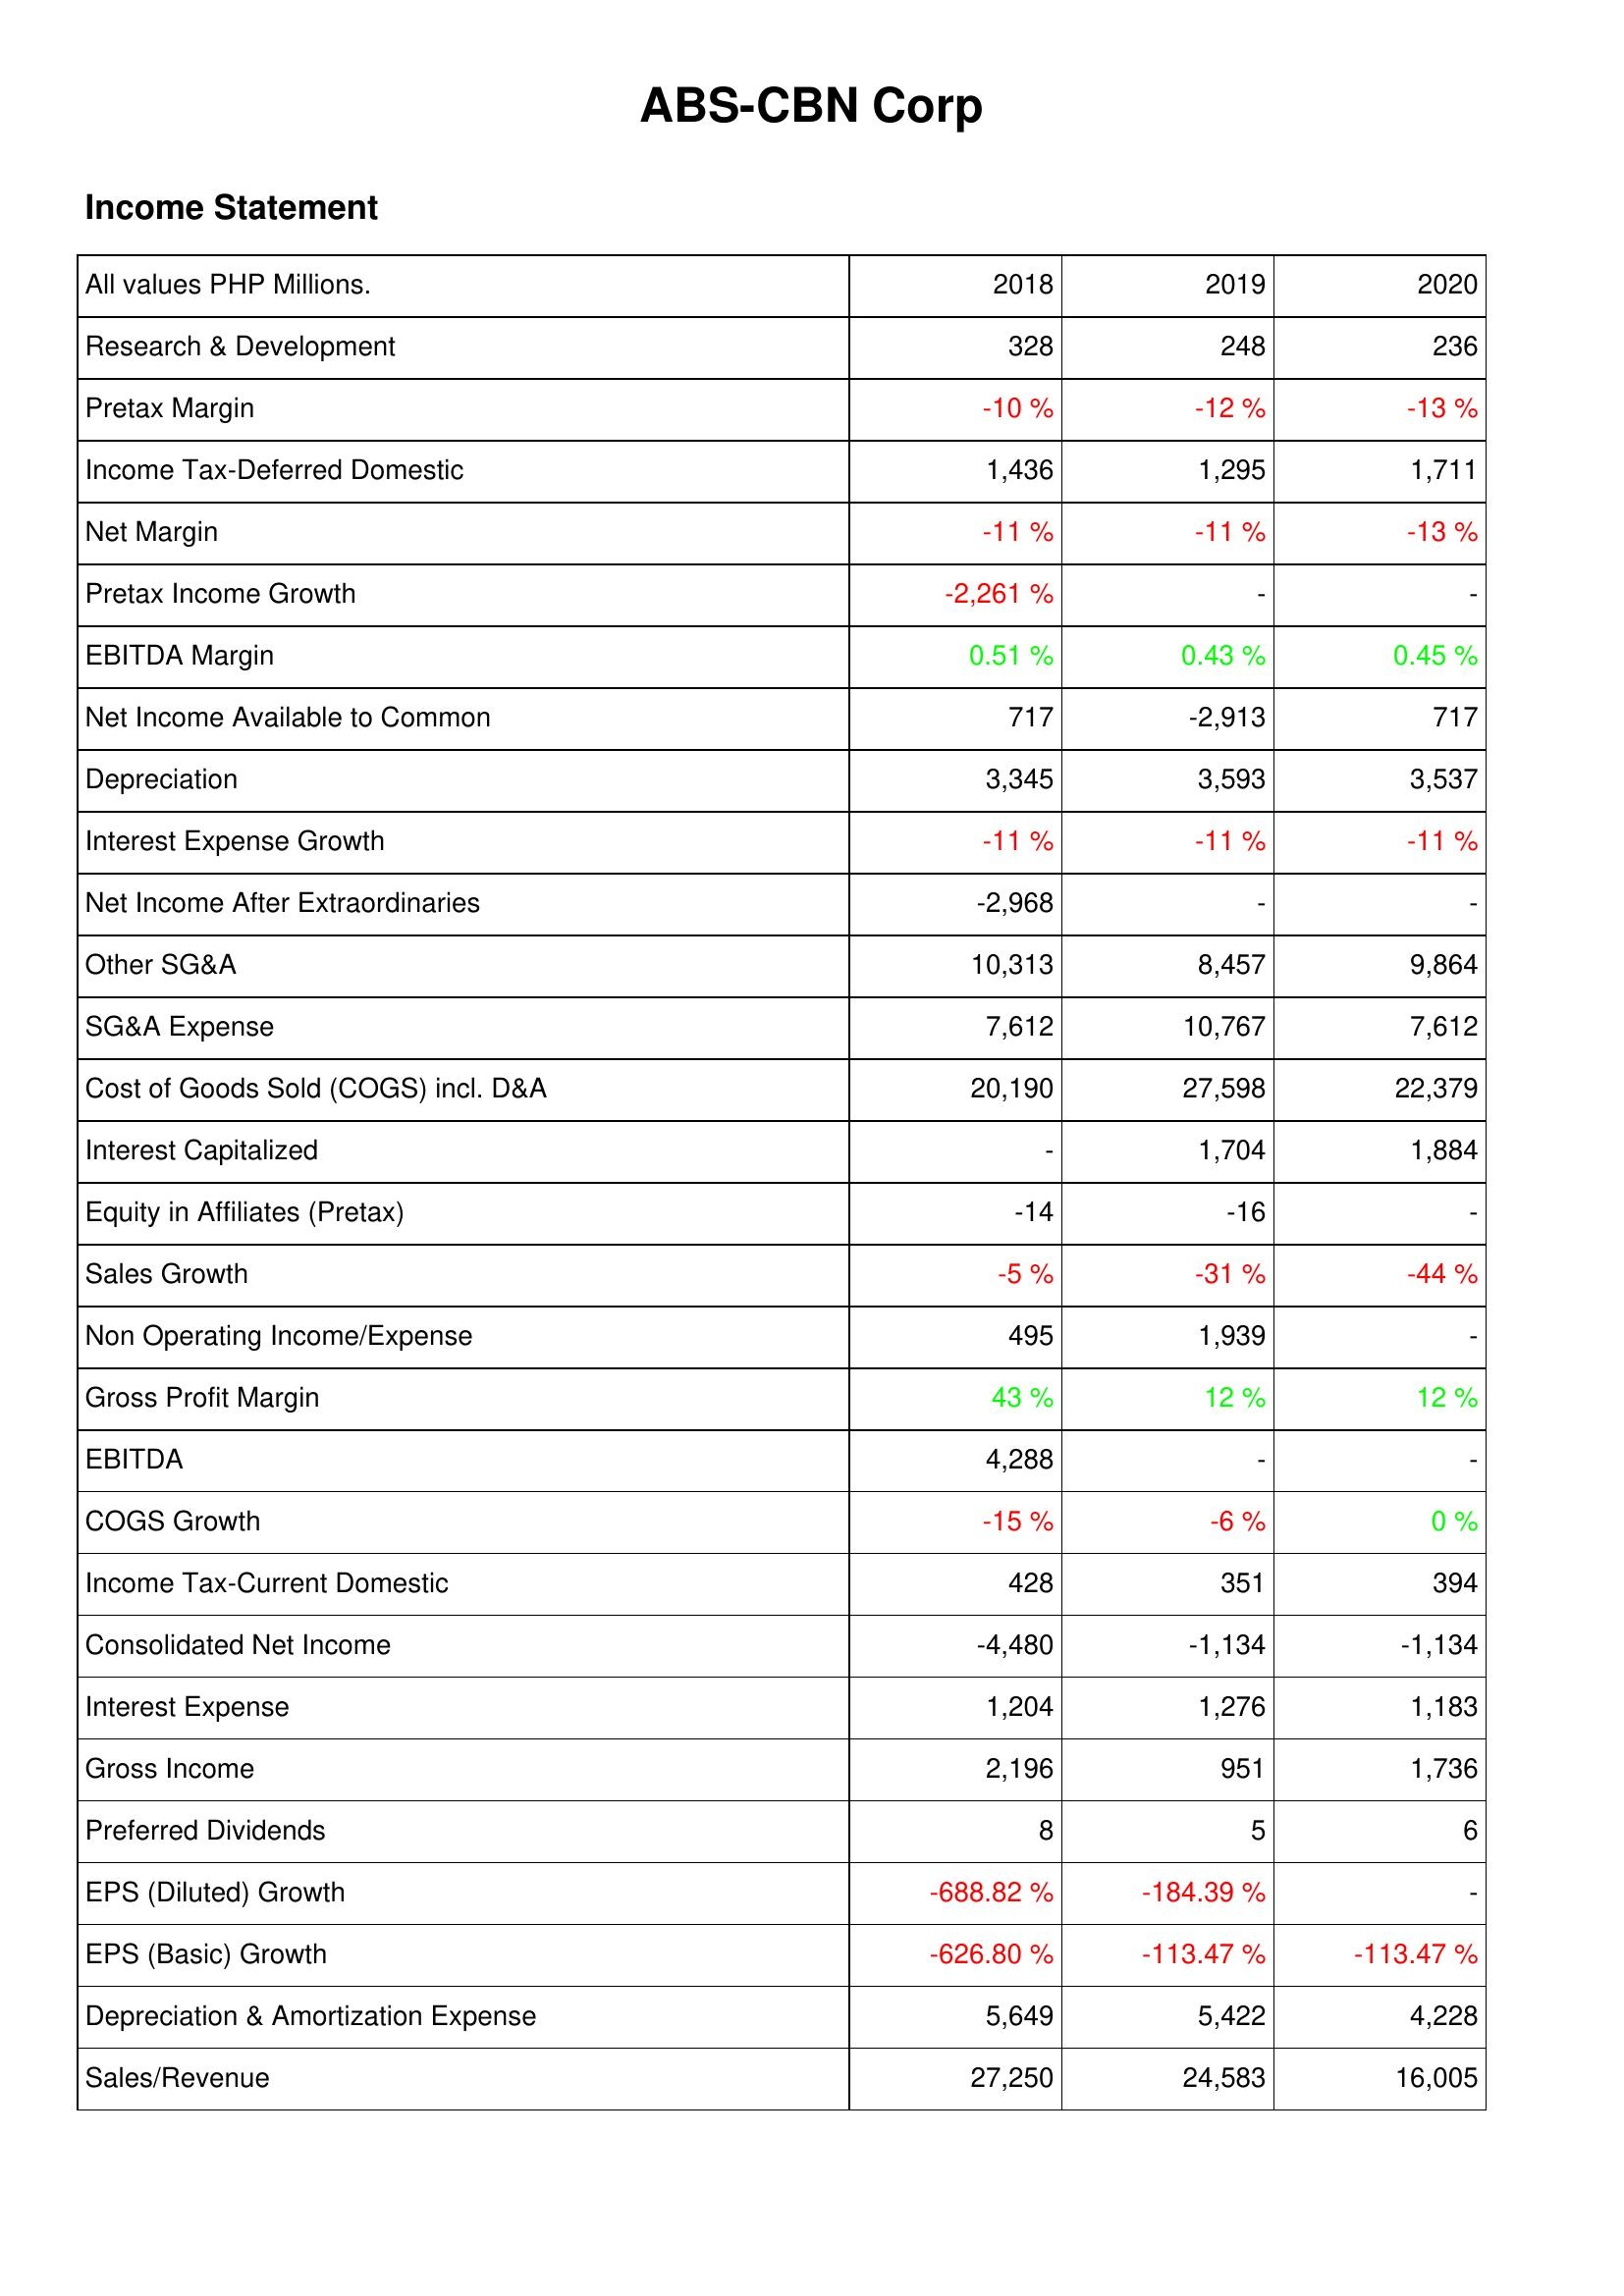
2018: Income Statement: Research & Development: 328
Pretax Margin: -10 %
Income Tax-Deferred Domestic: 1,436
Net Margin: -11 %
Pretax Income Growth: -2,261 %
EBITDA Margin: 0.51 %
Net Income Available to Common: 717
Depreciation: 3,345
Interest Expense Growth: -11 %
Net Income After Extraordinaries: -2,968
Other SG&A: 10,313
SG&A Expense: 7,612
Cost of Goods Sold (COGS) incl. D&A: 20,190
Interest Capitalized: -
Equity in Affiliates (Pretax): -14
Sales Growth: -5 %
Non Operating Income/Expense: 495
Gross Profit Margin: 43 %
EBITDA: 4,288
COGS Growth: -15 %
Income Tax-Current Domestic: 428
Consolidated Net Income: -4,480
Interest Expense: 1,204
Gross Income: 2,196
Preferred Dividends: 8
EPS (Diluted) Growth: -688.82 %
EPS (Basic) Growth: -626.80 %
Depreciation & Amortization Expense: 5,649
Sales/Revenue: 27,250
2019: Income Statement: Research & Development: 248
Pretax Margin: -12 %
Income Tax-Deferred Domestic: 1,295
Net Margin: -11 %
Pretax Income Growth: -
EBITDA Margin: 0.43 %
Net Income Available to Common: -2,913
Depreciation: 3,593
Interest Expense Growth: -11 %
Net Income After Extraordinaries: -
Other SG&A: 8,457
SG&A Expense: 10,767
Cost of Goods Sold (COGS) incl. D&A: 27,598
Interest Capitalized: 1,704
Equity in Affiliates (Pretax): -16
Sales Growth: -31 %
Non Operating Income/Expense: 1,939
Gross Profit Margin: 12 %
EBITDA: -
COGS Growth: -6 %
Income Tax-Current Domestic: 351
Consolidated Net Income: -1,134
Interest Expense: 1,276
Gross Income: 951
Preferred Dividends: 5
EPS (Diluted) Growth: -184.39 %
EPS (Basic) Growth: -113.47 %
Depreciation & Amortization Expense: 5,422
Sales/Revenue: 24,583
2020: Income Statement: Research & Development: 236
Pretax Margin: -13 %
Income Tax-Deferred Domestic: 1,711
Net Margin: -13 %
Pretax Income Growth: -
EBITDA Margin: 0.45 %
Net Income Available to Common: 717
Depreciation: 3,537
Interest Expense Growth: -11 %
Net Income After Extraordinaries: -
Other SG&A: 9,864
SG&A Expense: 7,612
Cost of Goods Sold (COGS) incl. D&A: 22,379
Interest Capitalized: 1,884
Equity in Affiliates (Pretax): -
Sales Growth: -44 %
Non Operating Income/Expense: -
Gross Profit Margin: 12 %
EBITDA: -
COGS Growth: 0 %
Income Tax-Current Domestic: 394
Consolidated Net Income: -1,134
Interest Expense: 1,183
Gross Income: 1,736
Preferred Dividends: 6
EPS (Diluted) Growth: -
EPS (Basic) Growth: -113.47 %
Depreciation & Amortization Expense: 4,228
Sales/Revenue: 16,005